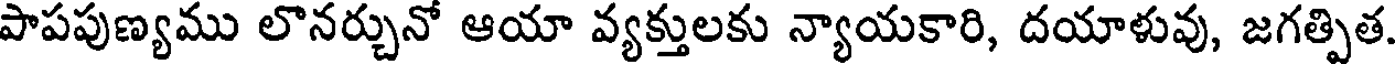
పాపపుణ్యము లొనర్చునో ఆయా వ్యక్తులకు న్యాయకారి, దయాళువు, జగత్పిత.